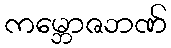
ကမ္ဘောဇဘဏ်